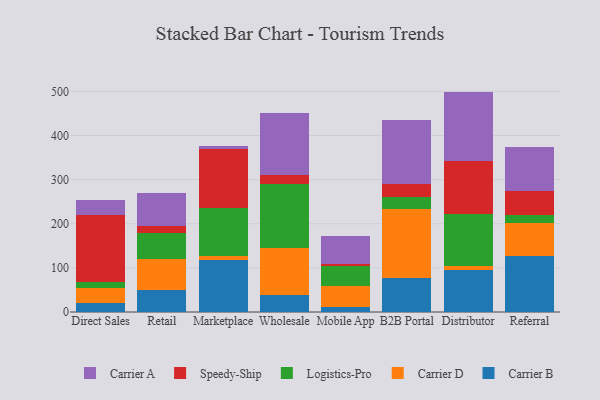
{"axis": {"x": "Channel", "y": "Revenue (USD Million)"}, "legend": ["Carrier A", "Carrier B", "Carrier D", "Logistics-Pro", "Speedy-Ship"], "data": [{"x": "Direct Sales", "y": 19.9, "type": "Carrier B"}, {"x": "Direct Sales", "y": 34.4, "type": "Carrier D"}, {"x": "Direct Sales", "y": 14.4, "type": "Logistics-Pro"}, {"x": "Direct Sales", "y": 150.5, "type": "Speedy-Ship"}, {"x": "Direct Sales", "y": 35.1, "type": "Carrier A"}, {"x": "Retail", "y": 48.8, "type": "Carrier B"}, {"x": "Retail", "y": 70.9, "type": "Carrier D"}, {"x": "Retail", "y": 59.3, "type": "Logistics-Pro"}, {"x": "Retail", "y": 16.2, "type": "Speedy-Ship"}, {"x": "Retail", "y": 73.4, "type": "Carrier A"}, {"x": "Marketplace", "y": 118.9, "type": "Carrier B"}, {"x": "Marketplace", "y": 7.5, "type": "Carrier D"}, {"x": "Marketplace", "y": 109.4, "type": "Logistics-Pro"}, {"x": "Marketplace", "y": 133.5, "type": "Speedy-Ship"}, {"x": "Marketplace", "y": 6.1, "type": "Carrier A"}, {"x": "Wholesale", "y": 37.4, "type": "Carrier B"}, {"x": "Wholesale", "y": 108.7, "type": "Carrier D"}, {"x": "Wholesale", "y": 143.1, "type": "Logistics-Pro"}, {"x": "Wholesale", "y": 20.3, "type": "Speedy-Ship"}, {"x": "Wholesale", "y": 141.6, "type": "Carrier A"}, {"x": "Mobile App", "y": 11.1, "type": "Carrier B"}, {"x": "Mobile App", "y": 48.2, "type": "Carrier D"}, {"x": "Mobile App", "y": 45.3, "type": "Logistics-Pro"}, {"x": "Mobile App", "y": 5.1, "type": "Speedy-Ship"}, {"x": "Mobile App", "y": 61.7, "type": "Carrier A"}, {"x": "B2B Portal", "y": 76.1, "type": "Carrier B"}, {"x": "B2B Portal", "y": 156.5, "type": "Carrier D"}, {"x": "B2B Portal", "y": 27.2, "type": "Logistics-Pro"}, {"x": "B2B Portal", "y": 30.3, "type": "Speedy-Ship"}, {"x": "B2B Portal", "y": 145.0, "type": "Carrier A"}, {"x": "Distributor", "y": 95.5, "type": "Carrier B"}, {"x": "Distributor", "y": 9.4, "type": "Carrier D"}, {"x": "Distributor", "y": 117.1, "type": "Logistics-Pro"}, {"x": "Distributor", "y": 119.7, "type": "Speedy-Ship"}, {"x": "Distributor", "y": 157.7, "type": "Carrier A"}, {"x": "Referral", "y": 126.4, "type": "Carrier B"}, {"x": "Referral", "y": 75.2, "type": "Carrier D"}, {"x": "Referral", "y": 19.3, "type": "Logistics-Pro"}, {"x": "Referral", "y": 54.4, "type": "Speedy-Ship"}, {"x": "Referral", "y": 99.2, "type": "Carrier A"}]}